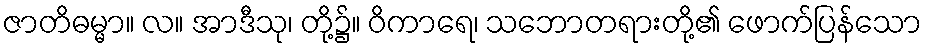
ဇာတိဓမ္မာ။ လ။ အာဒီသု၊ တို့၌။ ဝိကာရေ၊ သဘောတရားတို့၏ ဖောက်ပြန်သော